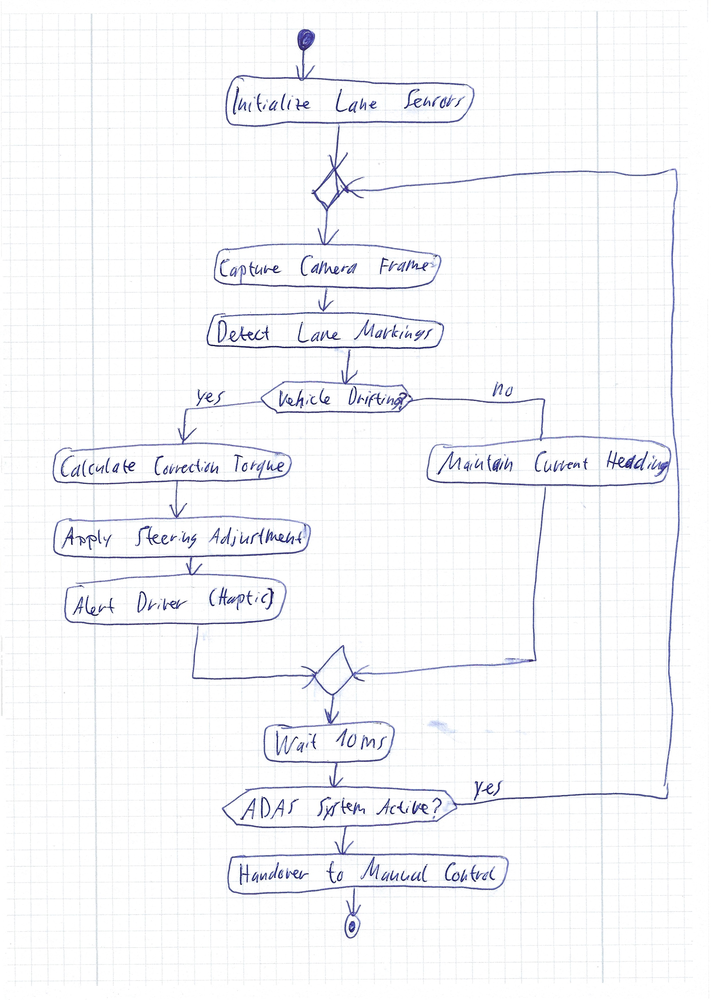
Diagram type: activity_diagram
```plantuml
@startuml

start
:Initialize Lane Sensors;
repeat
  :Capture Camera Frame;
  :Detect Lane Markings;
  if (Vehicle Drifting?) then (yes)
    :Calculate Correction Torque;
    :Apply Steering Adjustment;
    :Alert Driver (Haptic);
  else (no)
    :Maintain Current Heading;
  endif
  :Wait 10ms;
repeat while (ADAS System Active?) is (yes)
:Handover to Manual Control;
stop

@enduml
```